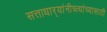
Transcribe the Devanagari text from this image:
सत्ताधार्‍यांनीच्त्यांच्यासाठी